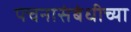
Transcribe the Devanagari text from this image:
पचनासंबंधीच्या